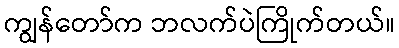
ကျွန်တော်က ဘလက်ပဲကြိုက်တယ်။